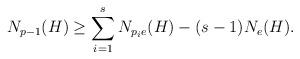
LaTeX: \begin{align*} N_{p-1}(H) \geq \sum_{i=1}^sN_{p_ie}(H)-(s-1)N_e(H). \end{align*}